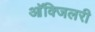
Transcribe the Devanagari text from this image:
आॅक्जिलरी